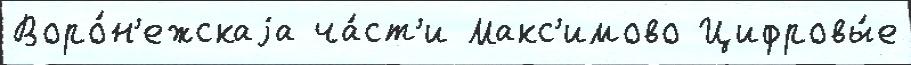
Воро́н'ежскаjа ча́ст'и Макс'имово Цифровы́е